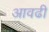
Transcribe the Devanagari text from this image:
आवढी